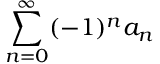
\sum _ { n = 0 } ^ { \infty } ( - 1 ) ^ { n } a _ { n }